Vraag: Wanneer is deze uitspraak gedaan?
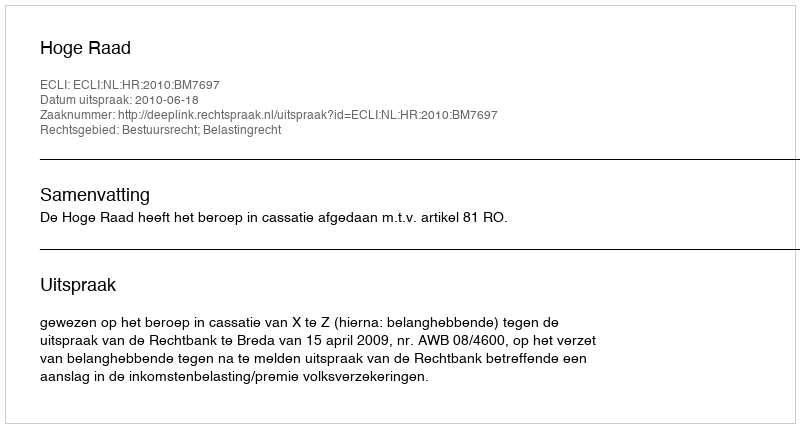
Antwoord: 2010-06-18